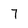
Character: 7